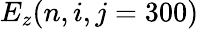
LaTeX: E_{z}(n,i,j=300)